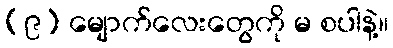
(၉) မျောက်လေးတွေကို မ စပါနဲ့။